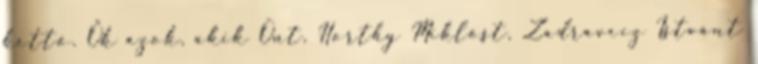
kettő. Ők azok, akik Önt, Horthy Miklóst, Zadravecz Istvánt